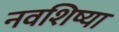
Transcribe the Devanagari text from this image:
नवशिष्या